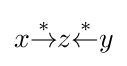
x{\overset {*}{\rightarrow }}z{\overset {*}{\leftarrow }}y